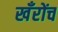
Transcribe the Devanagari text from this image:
खँरोंच